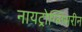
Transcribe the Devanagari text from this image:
नायट्रोग्लिसरीन